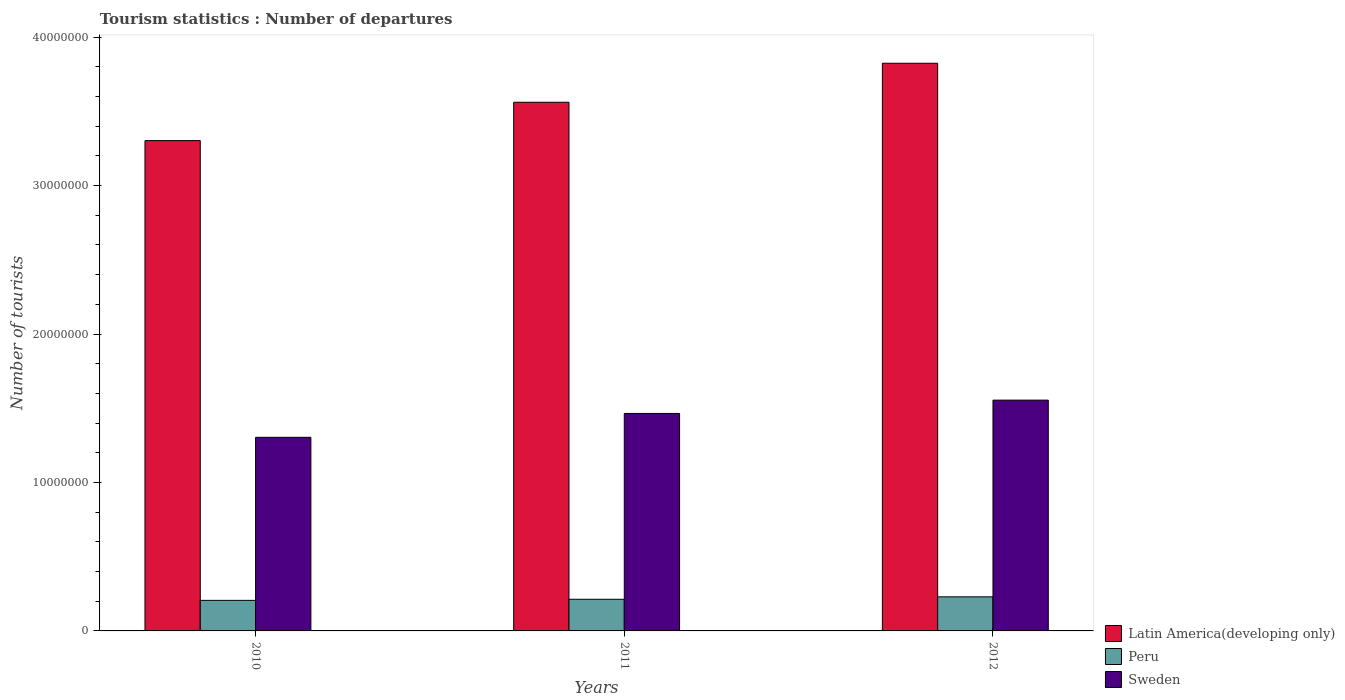
| Years | Latin America(developing only) | Peru | Sweden |
 | --- | --- | --- | --- |
 | 2010 | 3.3e+07 | 2.06e+06 | 1.3e+07 |
 | 2011 | 3.56e+07 | 2.13e+06 | 1.47e+07 |
 | 2012 | 3.82e+07 | 2.3e+06 | 1.55e+07 |